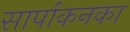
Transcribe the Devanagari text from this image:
सार्पाकनका